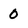
Character: 0